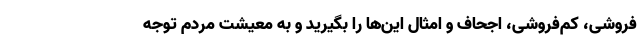
فروشی، کم‌فروشی، اجحاف و امثال این‌ها را بگیرید و به معیشت مردم توجه